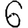
Digit: 6